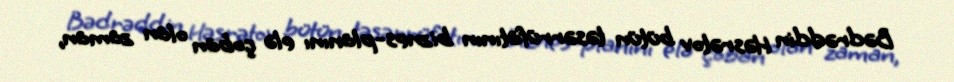
Bədrəddin Həsrətov bütün təsərrüfatının biznes-planını elə çoban olan zaman,